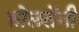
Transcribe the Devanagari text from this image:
कोलतेंनी